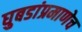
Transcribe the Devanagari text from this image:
घुबडांप्रमाणेच